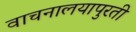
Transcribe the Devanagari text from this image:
वाचनालयापुरती